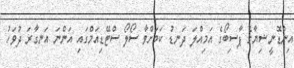
އިންޑޮނީޝިޔާގެ ޕާސިބޯގެ އަމިއްލަ ދަނޑު ކަމަށްވާ ސޯލޯ ސްޓޭޑިއަމްގައި އަންނަ އަނގާރަ ދުވަހު